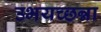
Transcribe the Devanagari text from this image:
उभयच्छन्ना